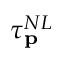
\tau _ { \mathbf { p } } ^ { N L }